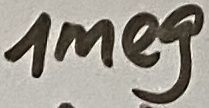
Text: 1meg